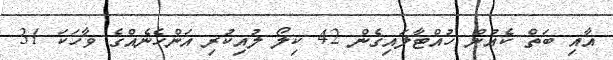
އާއި ބަތް ކެއުން ހުއްޓާލައިގެން 42 ކިލޯ ލުއިކުރި އަންހެނެއްގެ ވާހަކަ 31